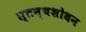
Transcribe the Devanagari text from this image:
स्तन्यशोधन